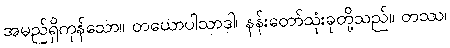
အမည်ရှိကုန်သော။ တယောပါသာဒါ၊ နန်းတော်သုံးခုတို့သည်။ တဿ၊